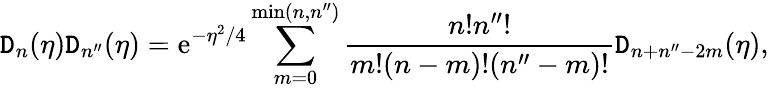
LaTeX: \mathtt{D}_{n}(\eta)\mathtt{D}_{n^{\prime\prime}}(\eta)=\mathrm{{e}}^{-\eta^{2}/4}\sum_{m=0}^{\mathrm{{min}}(n,n^{\prime\prime})}\frac{{n!n^{\prime\prime}!}}{{m!(n-m)!(n^{\prime\prime}-m)!}}\mathtt{D}_{n+n^{\prime\prime}-2m}(\eta),